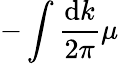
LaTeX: -\int\frac{\mathrm{d}k}{2\pi}\mu